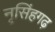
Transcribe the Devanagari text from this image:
नृसिंहगढ़